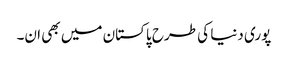
پوری دنیا کی طرح پاکستان میں بھی ان۔